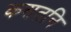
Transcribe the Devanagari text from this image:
कसतनि